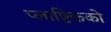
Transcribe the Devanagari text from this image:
प्लाष्टिकको